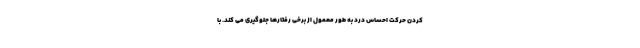
کردن حرکت احساس درد به طور معمول از برخی رفتارها جلوگیری می کند. با